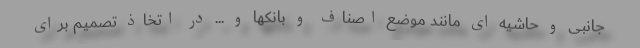
جانبی و حاشیه ای مانند موضع اصناف و بانکها و ... در اتخاذ تصمیم برای